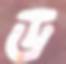
ড